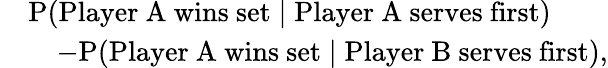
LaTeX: \begin{array}{rl}&{\mathrm{P}(\mathrm{\textnormal{Player~A~wins~set}}\mid\mathrm{\textnormal{Player~A~serves~first}})}\\ &{\quad-\mathrm{P}(\mathrm{\textnormal{Player~A~wins~set}}\mid\mathrm{\textnormal{Player~B~serves~first}}),}\end{array}